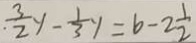
\cdot \frac { 3 } { 2 } y - \frac { 1 } { 3 } y = b - 2 \frac { 1 } { 2 }